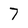
Character: 7